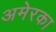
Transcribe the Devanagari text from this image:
अमेरका